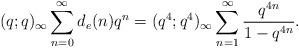
LaTeX: \begin{align*}(q;q)_{\infty}\sum\limits_{n = 0}^{\infty}d_{e}(n)q^{n} = (q^{4};q^{4})_{\infty}\sum\limits_{n = 1}^{\infty} \frac{q^{4n}}{1 - q^{4n}}.\end{align*}